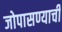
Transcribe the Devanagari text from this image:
जोपासण्याची